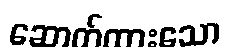
ဆောက်ထားသော